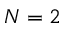
N = 2